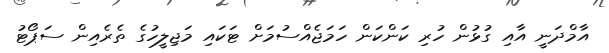
އާމްދަނީ އާއި ގުޅުން ހުރި ކަންކަން ހަމަޖެއްސުމަށް ޓަކައި މަޖިލީހުގެ ތެރެއިން ސަޕޯޓު